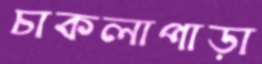
চাকলাপাড়া